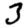
Digit: 3